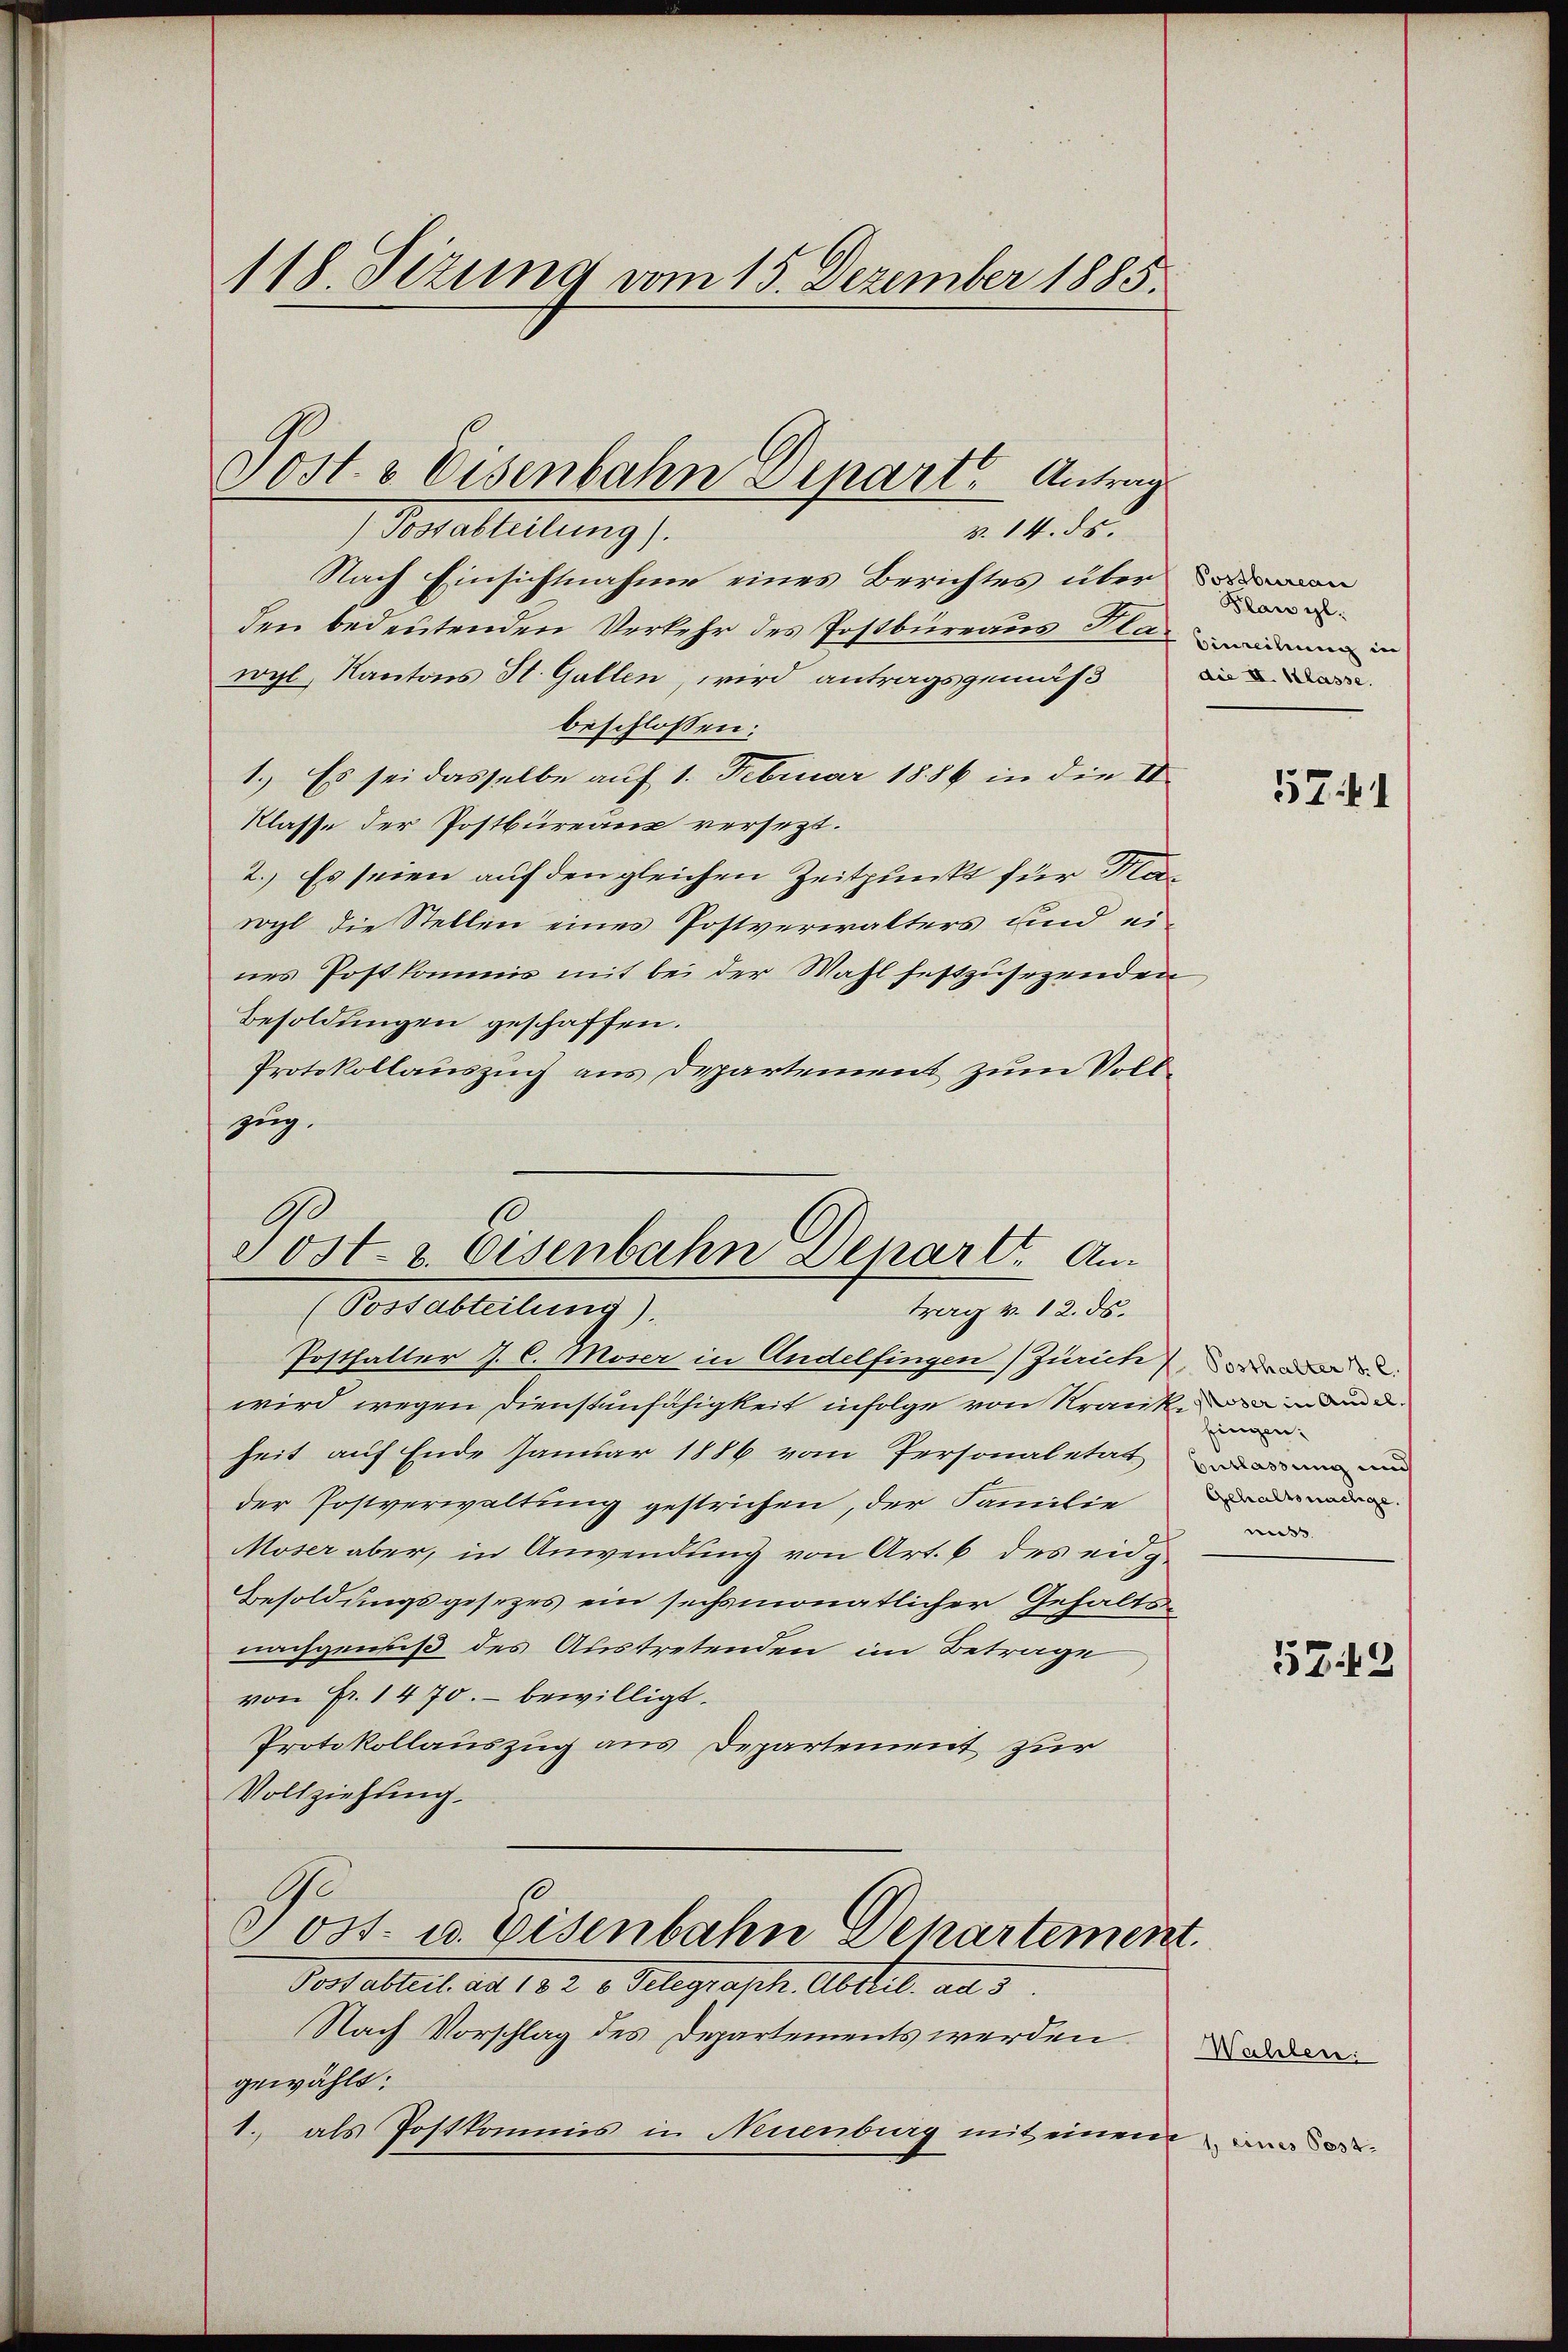
118. Sizung vom 15. Dezember 1885.

v. 14. ds.
Possabteilung).
Nach Einsichtnahme eines Berichtes über n
den bedeutenden Verkehr des Postbüreaus Plan warm in
wyl, Kantons St. Gallen, wird antragsgemäß
beschlossen:
1.) Es sei dasselbe auf 1. Februar 1886 in die II
Klasse der Postbüreaux versezt.
2. Es seien auf den gleichen Zeitpunkt für Kläwohl die Stellen eines Postverwalters und eines Postkommis mit bei der Wahl festzŭsezenden
Besoldungen geschaffen.
Protokollauszuch aus Departement zum Vollzug.
6

Sost. 8 Eisenbahn Depart Antrag

Post- & Eisenbahn Denartt An¬
(Postabteilung).
trag v. 12. ds.

Posthalter J. C. Moser in Andelfingen (Zürich
wird wegen Dienstenfähigkeit infolge von Krank, den den d
heit auf Ende Januar 1886 vom Personaletat es mir und
der Postverwaltung gestrichen, der Familie
Moser aber, in Anwendung von Art. 6 des eidg
Besoldungsgesezes ein sechsmonatlicher Gehaltsnachgenuß des Austretenden im Betrage
von Fr. 1470. bewilligt.
Protokollauszug aus Departement zur
Vollziehung.
.
vot. u. Eisenbahn Departement.
Vorfalleit ad 132. v. Gelegraphe Abteil. ad 3.
Nach Vorschlag des Departements werden oder
gewählt:
1., als Postkommis in Neuenburg mit einem

Plan gl.
die II. Klasse.

fingen.
Gehaltsnachge
miss

5 Zif. 1

5743